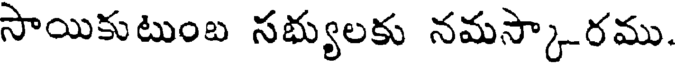
సాయికుటుంబ సభ్యులకు నమస్కారము.